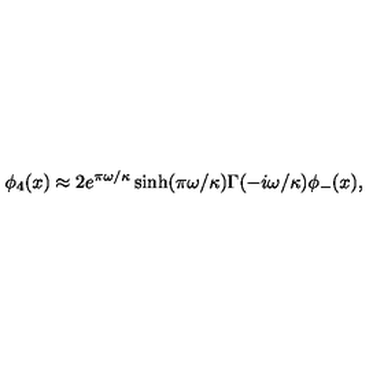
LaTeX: \phi _ { 4 } ( x ) \approx 2 e ^ { \pi \omega / \kappa } \sinh ( \pi \omega / \kappa ) \Gamma ( - i \omega / \kappa ) \phi _ { - } ( x ) ,